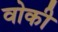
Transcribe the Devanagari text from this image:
वोकी